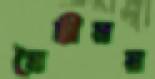
মৈত্রীময়